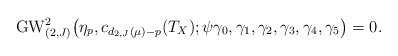
\begin{align*}\mathrm{GW}_{(2,J)}^2\big(\eta_p,c_{d_{2,J}(\mu)-p}(T_X);\psi\gamma_0,\gamma_1,\gamma_2,\gamma_3,\gamma_4,\gamma_5\big)=0.\end{align*}